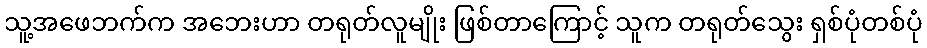
သူ့အဖေဘက်က အဘေးဟာ တရုတ်လူမျိုး ဖြစ်တာကြောင့် သူက တရုတ်သွေး ရှစ်ပုံတစ်ပုံ